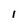
Character: 1